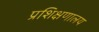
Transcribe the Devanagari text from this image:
प्रशिक्षणालय